Report of the Indian Hemp Drugs Commission, 1894-1895 - Volume VI
Year: 1894
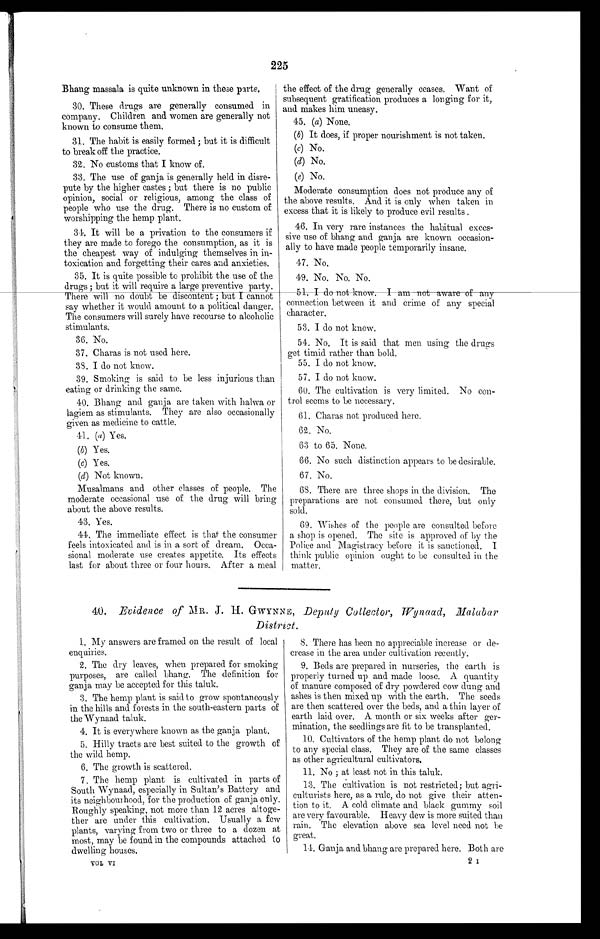
225
Bhang massala is quite unknown in these parts.
30. These drugs are generally consumed in
company. Children and women are generally not
known to consume them.
31. The habit is easily formed ; but it is difficult
to break off the practice.
32. No customs that I know of.
33. The use of ganja is generally held in disre-
pute by the higher castes ; but there is no public
opinion, social or religious, among the class of
people who use the drug. There is no custom of
worshipping the hemp plant.
34. It will be a privation to the consumers if
they are made to forego the consumption, as it is
the cheapest way of indulging themselves in in-
toxication and forgetting their cares and anxieties.
35. It is quite possible to prohibit the use of the
drugs ; but it will require a large preventive party.
There will •no doubt be discontent ; but I cannot
say whether it would amount to a political danger.
The consumers will surely have recourse to alcoholic
stimulants.
36. No.
3 7 . C h a r a s i s n o t u s e d h e r e .
38. I do not know.
39. Smoking is said to be less injurious than
eating or drinking the same.
40. Bhang and ganja are taken with halwa or
lagiem as stimulants. They are also occasionally
given as medicine to cattle.
41. (a) Yes.
(b) Yes.
( c )
Y e s .
( d )
N o t k n o w n .
Musalmans and other classes of people. The
moderate occasional use of the drug will bring
about the above results.
43. Yes.
44. The immediate effect is that the consumer
feels intoxicated and is in a sort of dream. Occa-
sional moderate use creates appetite. Its effects
last for about three or four hours. After a meal
the effect of the drug generally ceases. Want of
subsequent gratification produces a longing for it,
and makes him uneasy.
45. (a) None.
(b) It does, if proper nourishment is not taken.
(c) No.
(d) No.
(e) No.
Moderate consumption does not produce any of
the above results. And it is only when taken in
excess that it is likely to produce evil results .
46. In very rare instances the habitual exces-
sive use of bhang and ganja are known occasion-
ally to have made people temporarily insane.
47. No.
49. No. No. No.
51. I . do not know. I am not aware of any
connection between it and crime of any special
character.
53. I do not know.
54. No. It is said that men using the drugs
get timid rather than bold.
55. I do not know.
57. I do not know.
60. The cultivation is very limited. No con-
trol seems to be necessary.
61. Charas not produced here.
6 2 .
N o .
63 to 65. None.
66. No such distinction appears to be desirable,
67. No.
68. There are three shops in the division. The
preparations are not consumed there, but only
sold.
69. Wishes of the people are consulted before
a shop is opened. The site is approved of by the
Police and Magistracy before it is sanctioned.
think public opinion ought to be consulted in the
matter.
40. Evidence of MR. J. H. GWYNNE , Deputy Collector, Wynaad, Malabar
District.
1. My answers are framed on the result of local
enquiries.
2. The dry leaves, when prepared for smoking
purposes, are called bhang. The definition for
ganja may be accepted for this taluk.
3. The hemp plant is said to grow spontaneously
in the hills and forests in the south-eastern parts of
the Wynaad taluk.
4. It is everywhere known as the ganja plant.
5. Hilly tracts are best suited to the growth of
the wild hemp.
6. The growth is scattered.
7. The hemp plant is cultivated in parts of
South Wynaad, especially in Sultan's Battery and
its neighbourhood, for the production of ganja only.
Roughly speaking, not more than 12 acres altoge-
ther are under this cultivation. Usually a few
plants, varying from two or three to a dozen at
most, may be found in the compounds attached to
dwelling houses.
VOL VI
8. There has been no appreciable increase or de-
crease in the area under cultivation recently.
9. Beds are prepared in nurseries, the earth is
properly turned up and made loose. A quantity
of manure composed of dry powdered cow dung and
ashes is then mixed up with the earth. The seeds
are then scattered over the beds, and a thin layer of
earth laid over. A month or six weeks after ger-
mination, the seedlings are fit to be transplanted.
10. Cultivators of the hemp plant do not belong
to any special class. They are of the same classes
as other agricultural cultivators.
11. No ; at least not in this taluk.
13. The cultivation is not restricted; but agri-
culturists here, as a rule, do not give their atten-
tion to it. A cold climate and black gummy soil
arc very favourable. Heavy dew is more suited than
rain. The elevation above sea level need not be
great.
14. Ganja and bhang are prepared here. Both are
2